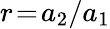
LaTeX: r\! =\! a_{2}/a_{1}